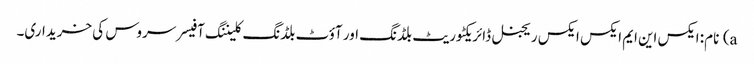
a) نام: ایکس این ایم ایکس ایکس ریجنل ڈائریکٹوریٹ بلڈنگ اور آؤٹ بلڈنگ کلیننگ آفیسر سروس کی خریداری۔